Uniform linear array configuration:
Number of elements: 32
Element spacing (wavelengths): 0.75
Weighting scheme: hann
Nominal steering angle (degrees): -45
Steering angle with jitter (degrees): -46.251
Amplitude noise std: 0.05
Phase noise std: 0.05

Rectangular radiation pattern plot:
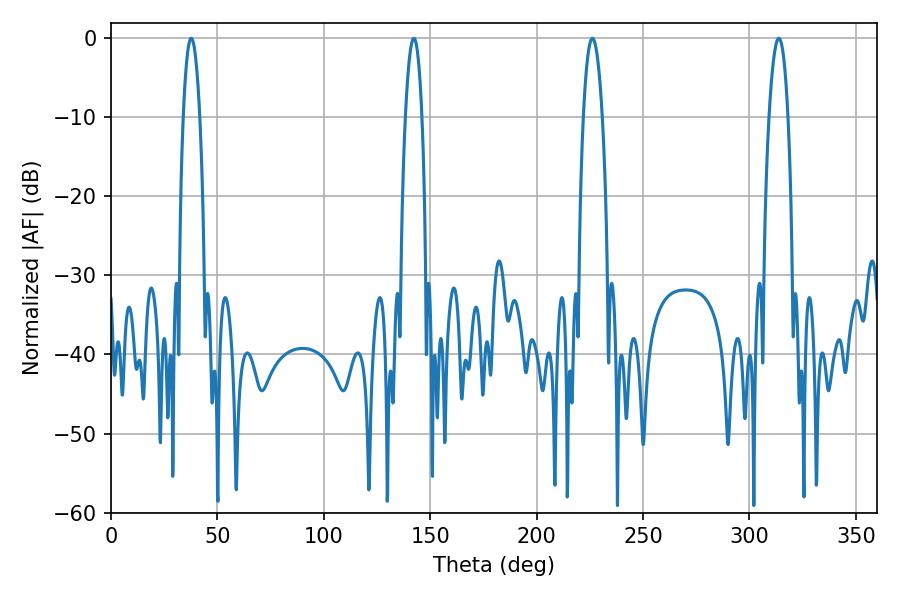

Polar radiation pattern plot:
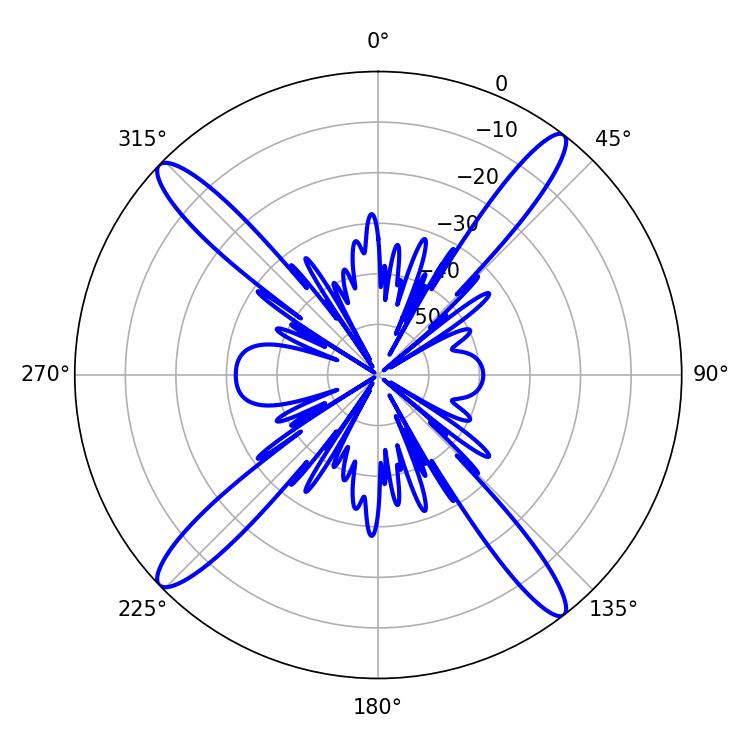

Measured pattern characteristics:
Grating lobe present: TRUE
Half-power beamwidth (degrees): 5.04
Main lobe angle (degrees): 313.74